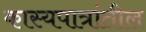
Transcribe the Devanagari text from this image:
कास्यपात्रांतील